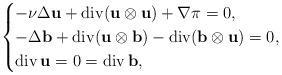
LaTeX: \begin{align*} \begin{cases} - \nu\Delta \mathbf{u}+\operatorname{div}(\mathbf{u}\otimes \mathbf{u})+\nabla \pi =0, \\ - \Delta \mathbf{b}+\operatorname{div}( \mathbf{u}\otimes \mathbf{b})-\operatorname{div}(\mathbf{b}\otimes \mathbf{u})=0,\\ \operatorname{div}\mathbf{u}=0=\operatorname{div}\mathbf{b}, \end{cases}\end{align*}